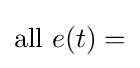
{\text{all }}e(t)=